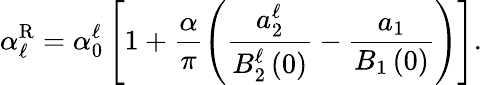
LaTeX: \alpha_{\ell}^{\mathrm{R}}=\alpha_{0}^{\ell}\left[1+\frac{\alpha}{\pi}\left(\frac{a_{2}^{\ell}}{B_{2}^{\ell}\left(0\right)}-\frac{a_{1}}{B_{1}\left(0\right)}\right)\right].